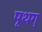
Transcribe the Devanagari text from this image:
पृथग्